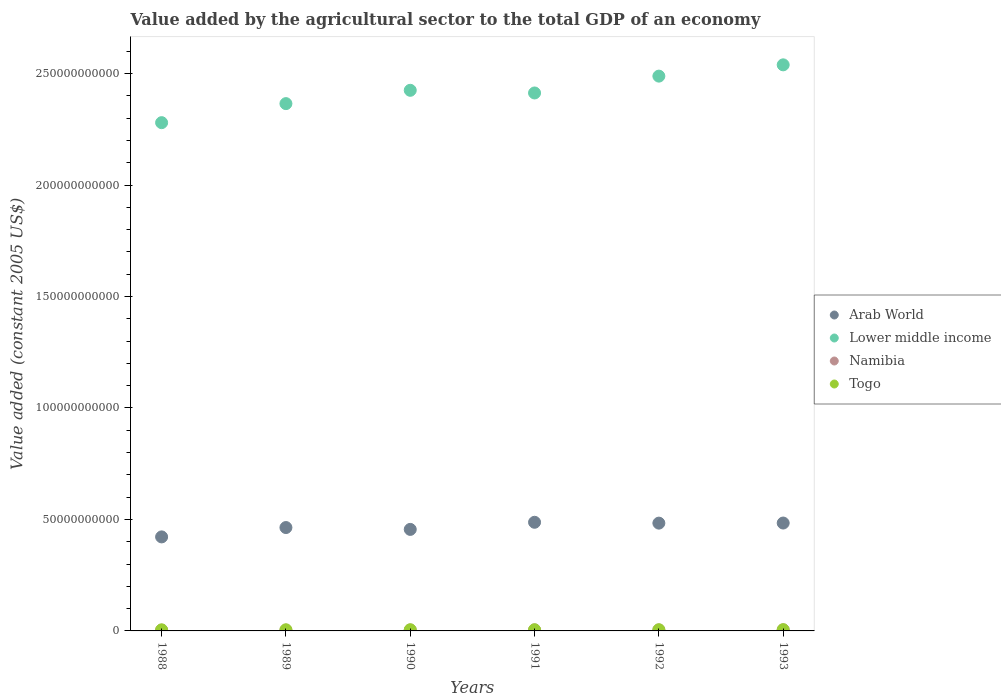
| Years | Arab World | Lower middle income | Namibia | Togo |
 | --- | --- | --- | --- | --- |
 | 1988 | 4.22e+10 | 2.28e+11 | 3.42e+08 | 4.87e+08 |
 | 1989 | 4.64e+10 | 2.37e+11 | 3.41e+08 | 5.14e+08 |
 | 1990 | 4.55e+10 | 2.42e+11 | 4.04e+08 | 5.29e+08 |
 | 1991 | 4.87e+10 | 2.41e+11 | 4.61e+08 | 5.23e+08 |
 | 1992 | 4.84e+10 | 2.49e+11 | 4.4e+08 | 5.3e+08 |
 | 1993 | 4.84e+10 | 2.54e+11 | 4.82e+08 | 5.61e+08 |